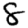
Digit: 8